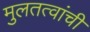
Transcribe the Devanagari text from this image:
मुलतत्वांची